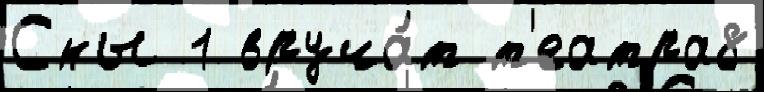
Сны 1 вруча́т т'еатра8